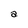
Character: a